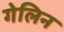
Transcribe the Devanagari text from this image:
गेलिन